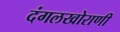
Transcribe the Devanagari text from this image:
दंगलखोराणी